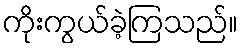
ကိုးကွယ်ခဲ့ကြသည်။